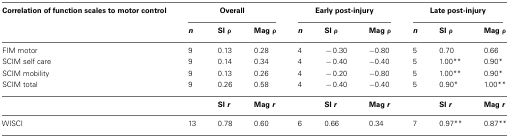
| Correlation of function scales to motor control | <COLSPAN=3> Overall | <COLSPAN=3> Early post-injury | <COLSPAN=3> Late post-injury |
 |  | n | SI ρ | Mag ρ | n | SI ρ | Mag ρ | n | SI ρ | Mag ρ |
 | --- | --- | --- | --- | --- | --- | --- | --- | --- | --- |
 | FIM motor | 9 | 0.13 | 0.28 | 4 | − 0.30 | −0.80 | 5 | 0.70 | 0.66 |
 | SCIM self care | 9 | 0.14 | 0.34 | 4 | − 0.40 | −0.40 | 5 | 1.00** | 0.90* |
 | SCIM mobility | 9 | 0.13 | 0.26 | 4 | − 0.20 | −0.80 | 5 | 1.00** | 0.90* |
 | SCIM total | 9 | 0.26 | 0.58 | 4 | − 0.40 | −0.40 | 5 | 0.90* | 1.00** |
 |  |  | SI r | Mag r |  | SI r | Mag r |  | SI r | Mag r |
 | WISCI | 13 | 0.78 | 0.60 | 6 | 0.66 | 0.34 | 7 | 0.97** | 0.87** |